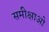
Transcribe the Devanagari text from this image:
समीक्षाओ